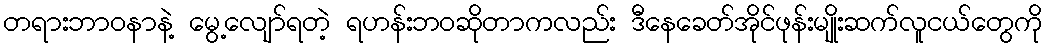
တရားဘာဝနာနဲ့ မွေ့လျော်ရတဲ့ ရဟန်းဘဝဆိုတာကလည်း ဒီနေခေတ်အိုင်ဖုန်းမျိုးဆက်လူငယ်တွေကို